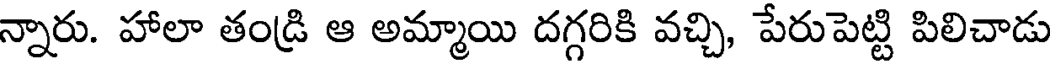
న్నారు. హాలా తండ్రి ఆ అమ్మాయి దగ్గరికి వచ్చి, పేరుపెట్టి పిలిచాడు